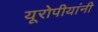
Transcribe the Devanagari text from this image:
यूरोपीयांनी